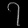
Digit: ၇